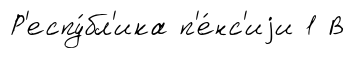
Р'еспу́бл'ика п'е́нс'иjи 1 В